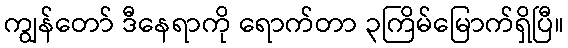
ကျွန်တော် ဒီနေရာကို ရောက်တာ ၃ကြိမ်မြောက်ရှိပြီ။